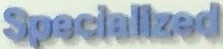
Specialized